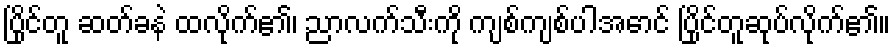
ပြိုင်တူ ဆတ်ခနဲ ထလိုက်၏၊ ညာလက်သီးကို ကျစ်ကျစ်ပါအောင် ပြိုင်တူဆုပ်လိုက်၏။